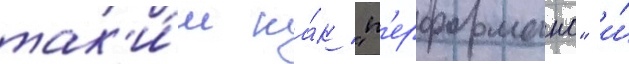
так'и́м ка́к "п'ерформанс" и́